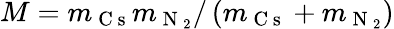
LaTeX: M=m_{\mathrm{~C~s~}}m_{\mathrm{~N~}_{2}}/\left(m_{\mathrm{~C~s~}}+m_{\mathrm{~N~}_{2}}\right)